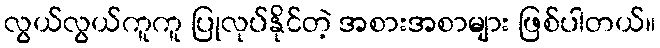
လွယ်လွယ်ကူကူ ပြုလုပ်နိုင်တဲ့ အစားအစာများ ဖြစ်ပါတယ်။